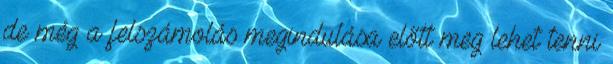
de még a felszámolás megindulása előtt meg lehet tenni